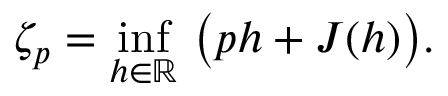
\zeta _ { p } = \operatorname* { i n f } _ { h \in \mathbb { R } } \, \big ( p h + J ( h ) \big ) .